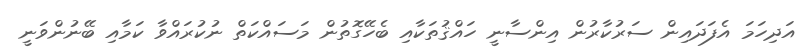
އަދިހަމަ އެފަދައިން ސަރުކާރުން އިންސާނީ ހައްޤުތަކާއި ބެހޭގޮތުން މަސައްކަތް ނުކުރައްވާ ކަމާއި ބޭނުންވަނީ